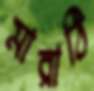
মারাঠি